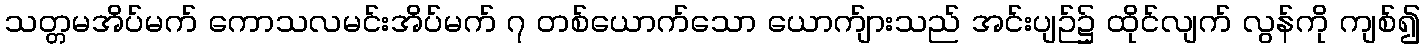
သတ္တမအိပ်မက် ကောသလမင်းအိပ်မက် ၇ တစ်ယောက်သော ယောက်ျားသည် အင်းပျဉ်၌ ထိုင်လျက် လွန်ကို ကျစ်၍